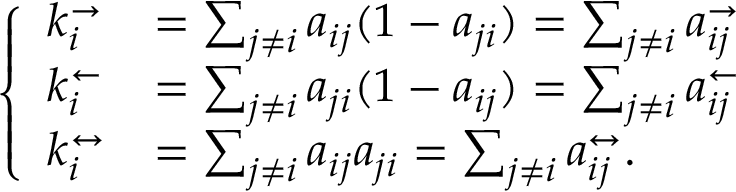
\left\{ \begin{array} { l l } { k _ { i } ^ { \rightarrow } } & { = \sum _ { j \neq i } a _ { i j } ( 1 - a _ { j i } ) = \sum _ { j \neq i } a _ { i j } ^ { \rightarrow } } \\ { k _ { i } ^ { \leftarrow } } & { = \sum _ { j \neq i } a _ { j i } ( 1 - a _ { i j } ) = \sum _ { j \neq i } a _ { i j } ^ { \leftarrow } } \\ { k _ { i } ^ { \leftrightarrow } } & { = \sum _ { j \neq i } a _ { i j } a _ { j i } = \sum _ { j \neq i } a _ { i j } ^ { \leftrightarrow } . } \end{array} \right.